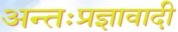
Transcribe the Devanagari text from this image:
अन्तःप्रज्ञावादी